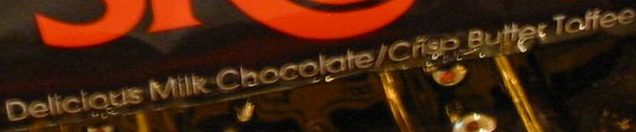
Delicious Milk Chocolate/Crisp Butter Toffee